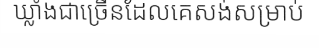
ឃ្លាំងជាច្រើនដែលគេសង់សម្រាប់